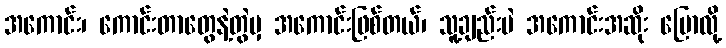
အကောင်း၊ ကောင်းတာတွေနဲ့တွဲမှ အကောင်းဖြစ်တယ်၊ သူ့ချည်းပဲ အကောင်းအဆိုး ပြောလို့